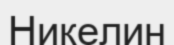
Никелин